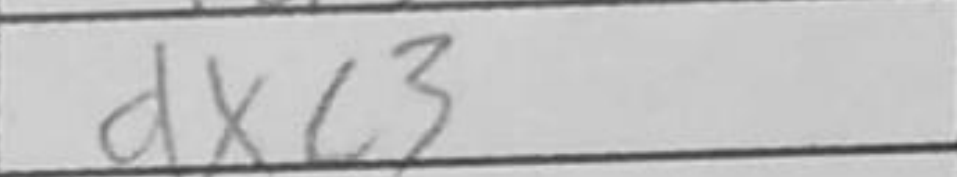
Transcription: Kd5